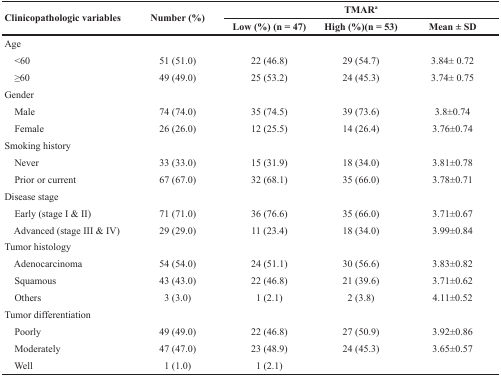
| <ROWSPAN=2> Clinicopathologic variables | <ROWSPAN=2> Number (%) | <COLSPAN=3> TMARa |
 | Low (%) (n = 47) | High (%)(n = 53) | Mean ± SD |
 | --- | --- | --- | --- | --- |
 | Age |  |  |  |  |
 | <60 | 51 (51.0) | 22 (46.8) | 29 (54.7) | 3.84± 0.72 |
 | ≥60 | 49 (49.0) | 25 (53.2) | 24 (45.3) | 3.74± 0.75 |
 | Gender |  |  |  |  |
 | Male | 74 (74.0) | 35 (74.5) | 39 (73.6) | 3.8±0.74 |
 | Female | 26 (26.0) | 12 (25.5) | 14 (26.4) | 3.76±0.74 |
 | Smoking history |  |  |  |  |
 | Never | 33 (33.0) | 15 (31.9) | 18 (34.0) | 3.81±0.78 |
 | Prior or current | 67 (67.0) | 32 (68.1) | 35 (66.0) | 3.78±0.71 |
 | Disease stage |  |  |  |  |
 | Early (stage I & II) | 71 (71.0) | 36 (76.6) | 35 (66.0) | 3.71±0.67 |
 | Advanced (stage III & IV) | 29 (29.0) | 11 (23.4) | 18 (34.0) | 3.99±0.84 |
 | Tumor histology |  |  |  |  |
 | Adenocarcinoma | 54 (54.0) | 24 (51.1) | 30 (56.6) | 3.83±0.82 |
 | Squamous | 43 (43.0) | 22 (46.8) | 21 (39.6) | 3.71±0.62 |
 | Others | 3 (3.0) | 1 (2.1) | 2 (3.8) | 4.11±0.52 |
 | Tumor differentiation |  |  |  |  |
 | Poorly | 49 (49.0) | 22 (46.8) | 27 (50.9) | 3.92±0.86 |
 | Moderately | 47 (47.0) | 23 (48.9) | 24 (45.3) | 3.65±0.57 |
 | Well | 1 (1.0) | 1 (2.1) |  |  |